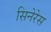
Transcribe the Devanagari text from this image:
सिनेरेस